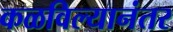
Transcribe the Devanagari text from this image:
कळविल्यानंतर